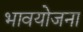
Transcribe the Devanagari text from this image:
भावयोजना